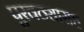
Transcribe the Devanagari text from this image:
पुरवठ्यासह